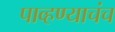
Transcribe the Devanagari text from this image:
पाव्हण्याचंच